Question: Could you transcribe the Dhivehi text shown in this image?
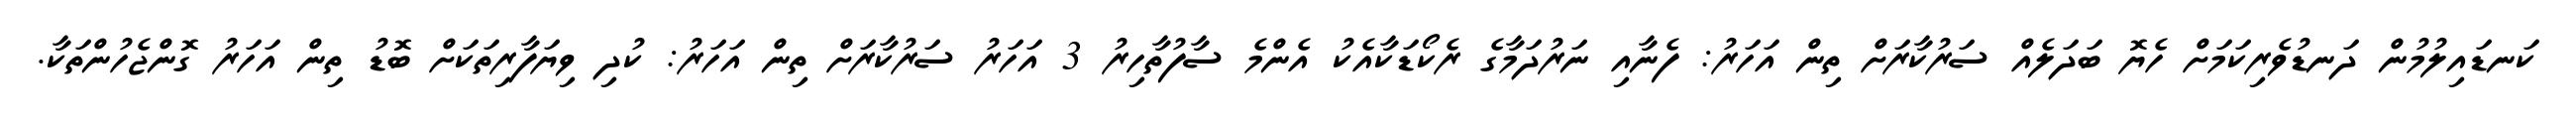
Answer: ކަނޑައިލުމުން ދަނޑުވެރިކަމަށް ހެޔޮ ބަދަލެއް ސަރުކާރަށް ތިން އަހަރު: ފެނާއި ނަރުދަމާގެ ރެކޯޑަކާއެކު އެންމެ ސާފުތާހިރު 3 އަހަރު ސަރުކާރަށް ތިން އަހަރު: ކުދި ވިޔަފާރިތަކަށް ބޮޑު ތިން އަހަރު ގޮންޖެހުންތަކާ.